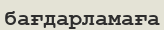
бағдарламаға